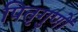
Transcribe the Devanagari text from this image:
पितृगुणों